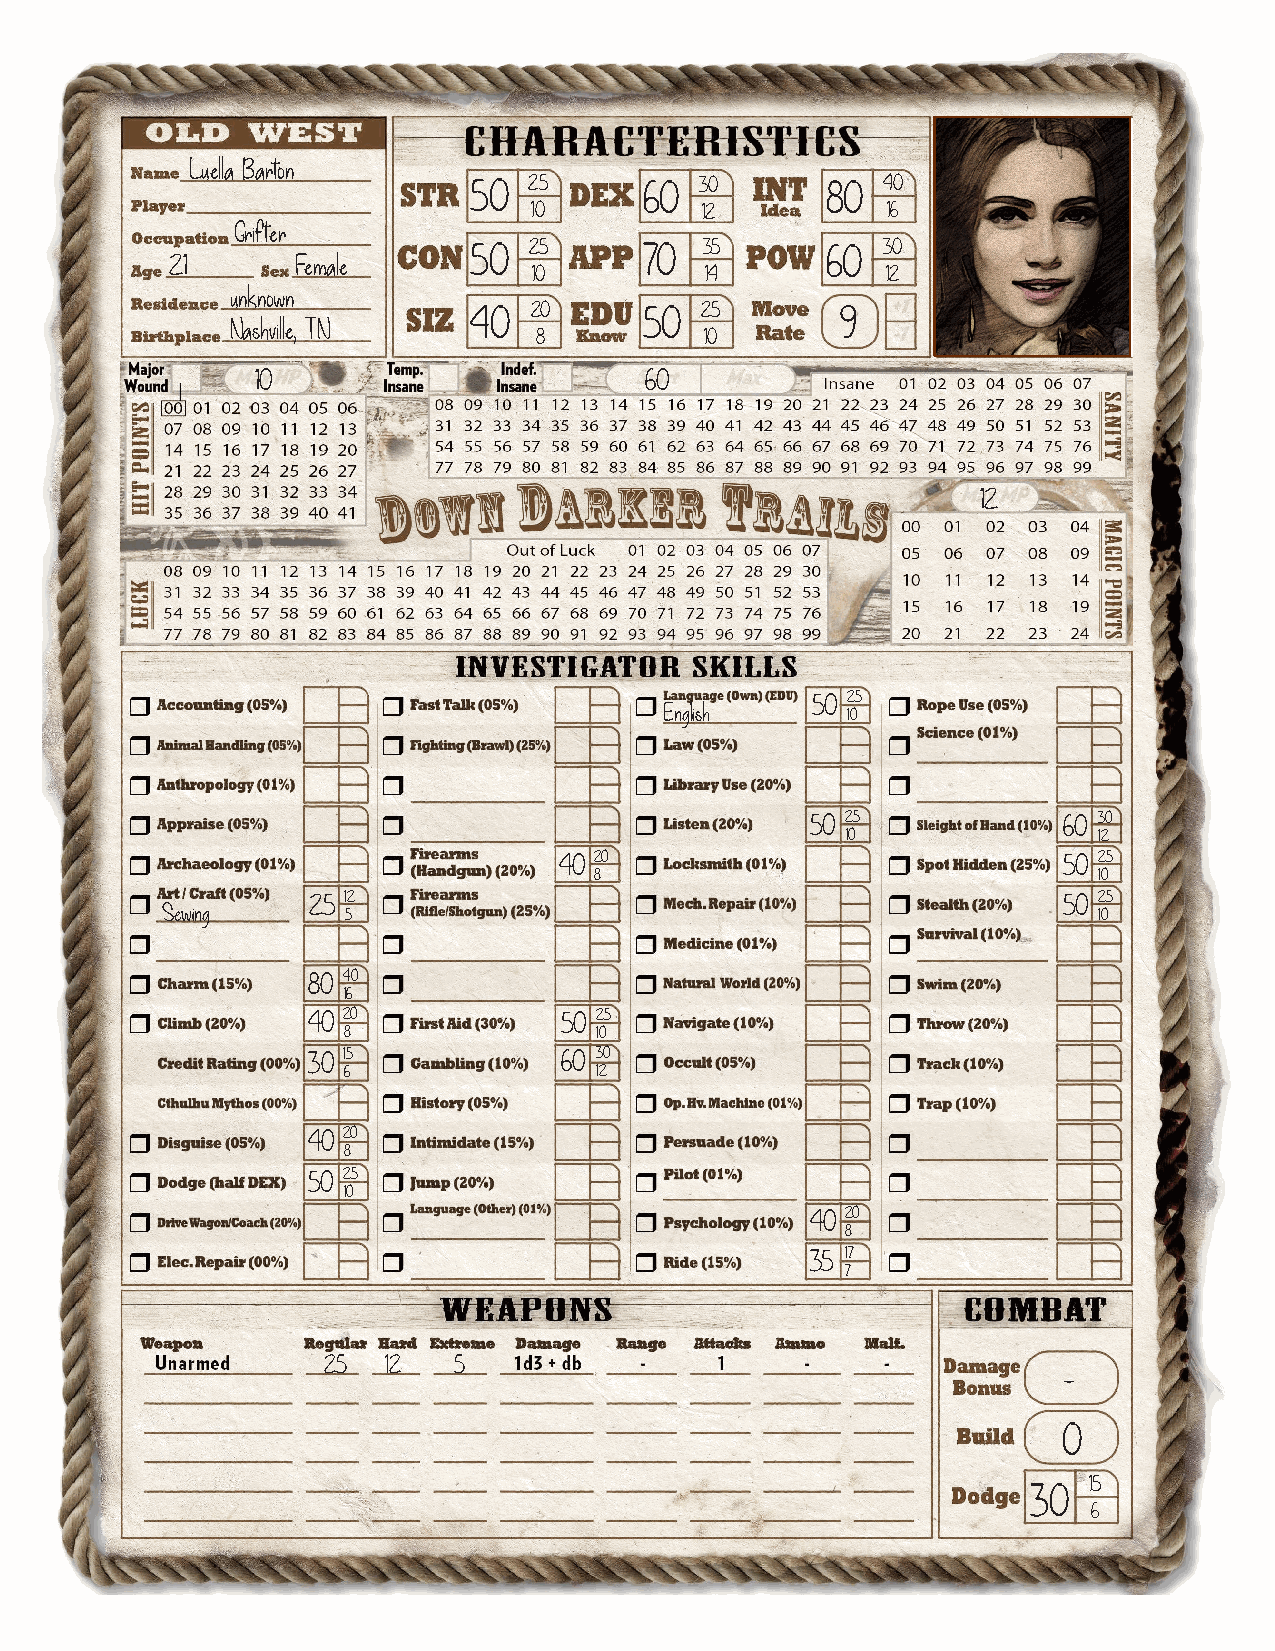
Luella Barton
 50  25      60 30       80 40
 10         12           16
 Grifter
 50  25      70  35      60 30
 21       Female
 10          14          12
 unknown
 40  20      50 25        9
 Nashville, TN
 8           10
 10                        60
 12
 50 25
 English
 10
 50 25           60 30
 10               12
 40 20                            50 25
 8                                 10
 25 12                                             50 25
 Sewing
 5                                                 10
 80 40
 16
 40 20            50 25
 8               10
 30 15            60 30
 6               12
 40 20
 8
 50 25
 10
 40 20
 8
 35 17
 7
 25   12  5
 -
 0
 15
 30
 6